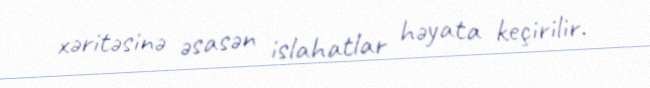
xəritəsinə əsasən islahatlar həyata keçirilir.